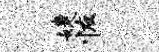
婕恢